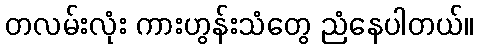
တလမ်းလုံး ကားဟွန်းသံတွေ ညံနေပါတယ်။